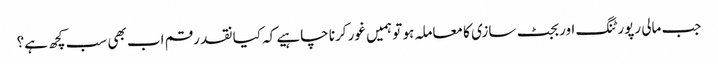
جب مالی رپورٹنگ اور بجٹ سازی کا معاملہ ہو تو ہمیں غور کرنا چاہیے کہ کیا نقد رقم اب بھی سب کچھ ہے؟